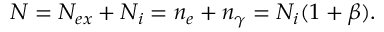
N = N _ { e x } + N _ { i } = n _ { e } + n _ { \gamma } = N _ { i } ( 1 + \beta ) .